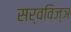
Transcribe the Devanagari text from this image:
सर्वविज्ञ